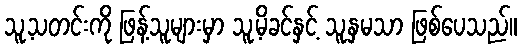
သူ့သတင်းကို ဖြန့်သူများမှာ သူ့မိခင်နှင့် သူ့နှမသာ ဖြစ်ပေသည်။